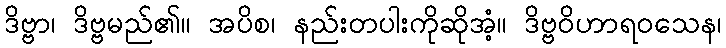
ဒိဗ္ဗာ၊ ဒိဗ္ဗမည်၏။ အပိစ၊ နည်းတပါးကိုဆိုအံ့။ ဒိဗ္ဗဝိဟာရဝသေန၊